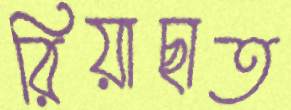
রিয়াছাত